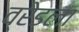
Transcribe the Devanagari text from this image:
व्रेडला